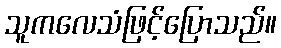
သူကလေသံဖြင့်ပြောသည်။